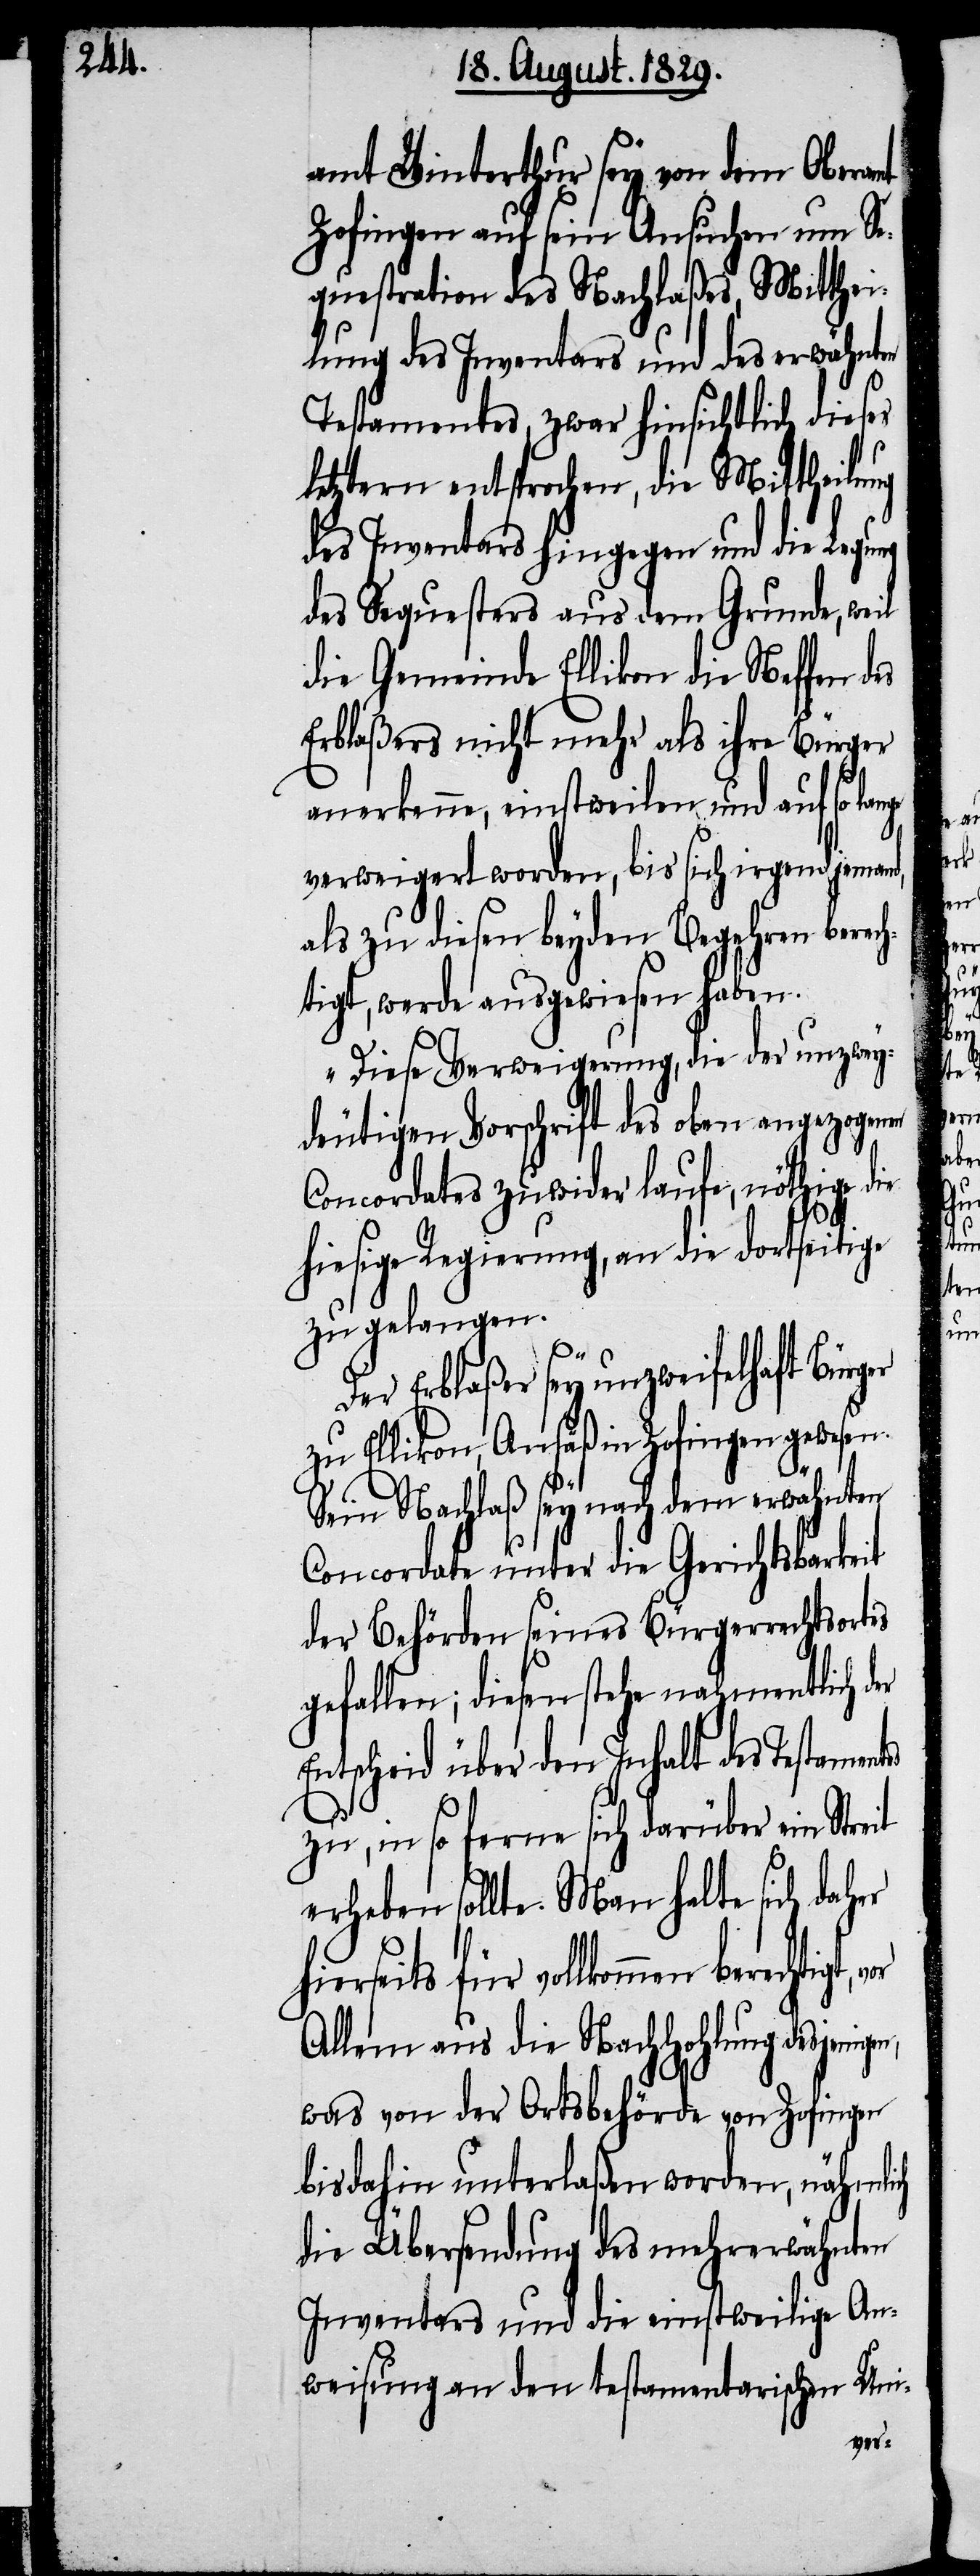
amt Winterthur sey von dem Oberamt
Zofingen auf sein Ansuchen um Se¬
questration des Nachlaßes, Mitthei¬
lung des Inventars und des erwähnten
Testamentes, zwar hinsichtlich dieses
letztern entsprochen, die Mittheilung
des Inventars hingegen und die Legung
des Sequesters aus dem Grunde, weil
die Gemeinde Ellikon die Neffen des
Erblaßers nicht mehr als ihre Bürger
anerkenne, einstweilen und auf so
verweigert worden, bis sich irgend jemand,
als zu diesen beyden Begehren berech¬
tigt, werde ausgewiesen haben.
Diese Verweigerung, die der unzwey¬
deutigen Vorschrift des oben angezogenen
Concordates zuwider laufe, nöthige
hiesige Regierung, an die dortseitige
zu gelangen.
igt,
Der Erblaßer sey unzweifelhaft Bürg¬
zu Ellikon, Ansäß in Zofingen gewesen.
Sein Nachlaß sey nach dem erwähnten
Concordate unter die Gerichtsbarkeit
der Behörden seines Bürgerrechtsortes
gefallen; diesen stehe nahmentlich d¬
Entscheid über den Inhalt des Testaments
zu, in so ferne sich darüber ein Streit
erheben sollte. Man halte sich daher
hierseits für vollkommen berecht¬
Allem aus die Nachhohlung desjeni¬
was von der Ortsbehörde von Zofingen
bisdahin unterlaßen worden, nähmlich
die Übersendung des mehrerwähnten
Inventars und die einstweilige An¬
weisung an den testamentarischen Uni-
gen,